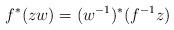
LaTeX: \begin{align*} f^{\ast}(zw)=(w^{-1})^{\ast}(f^{-1}z)\end{align*}